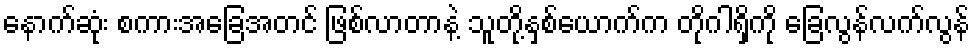
နောက်ဆုံး စကားအခြေအတင် ဖြစ်လာတာနဲ့ သူတို့နှစ်ယောက်က တိုဂါရှိကို ခြေလွန်လက်လွန်